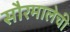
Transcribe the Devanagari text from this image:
सौरमालेची